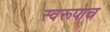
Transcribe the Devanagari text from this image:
स्वरूपाच